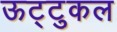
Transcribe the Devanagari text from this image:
ऊट्टुकल